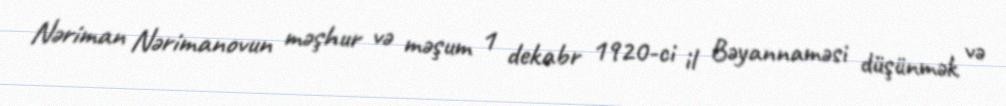
Nəriman Nərimanovun məşhur və məşum 1 dekabr 1920-ci il Bəyannaməsi düşünmək və